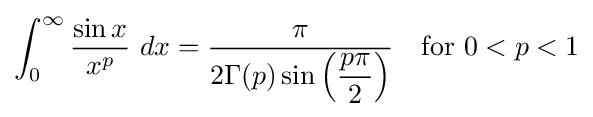
\int _{0}^{\infty }{\frac {\sin x}{x^{p}}}\ dx={\frac {\pi }{2\Gamma (p)\sin \left({\dfrac {p\pi }{2}}\right)}}\quad {\text{for }}0<p<1